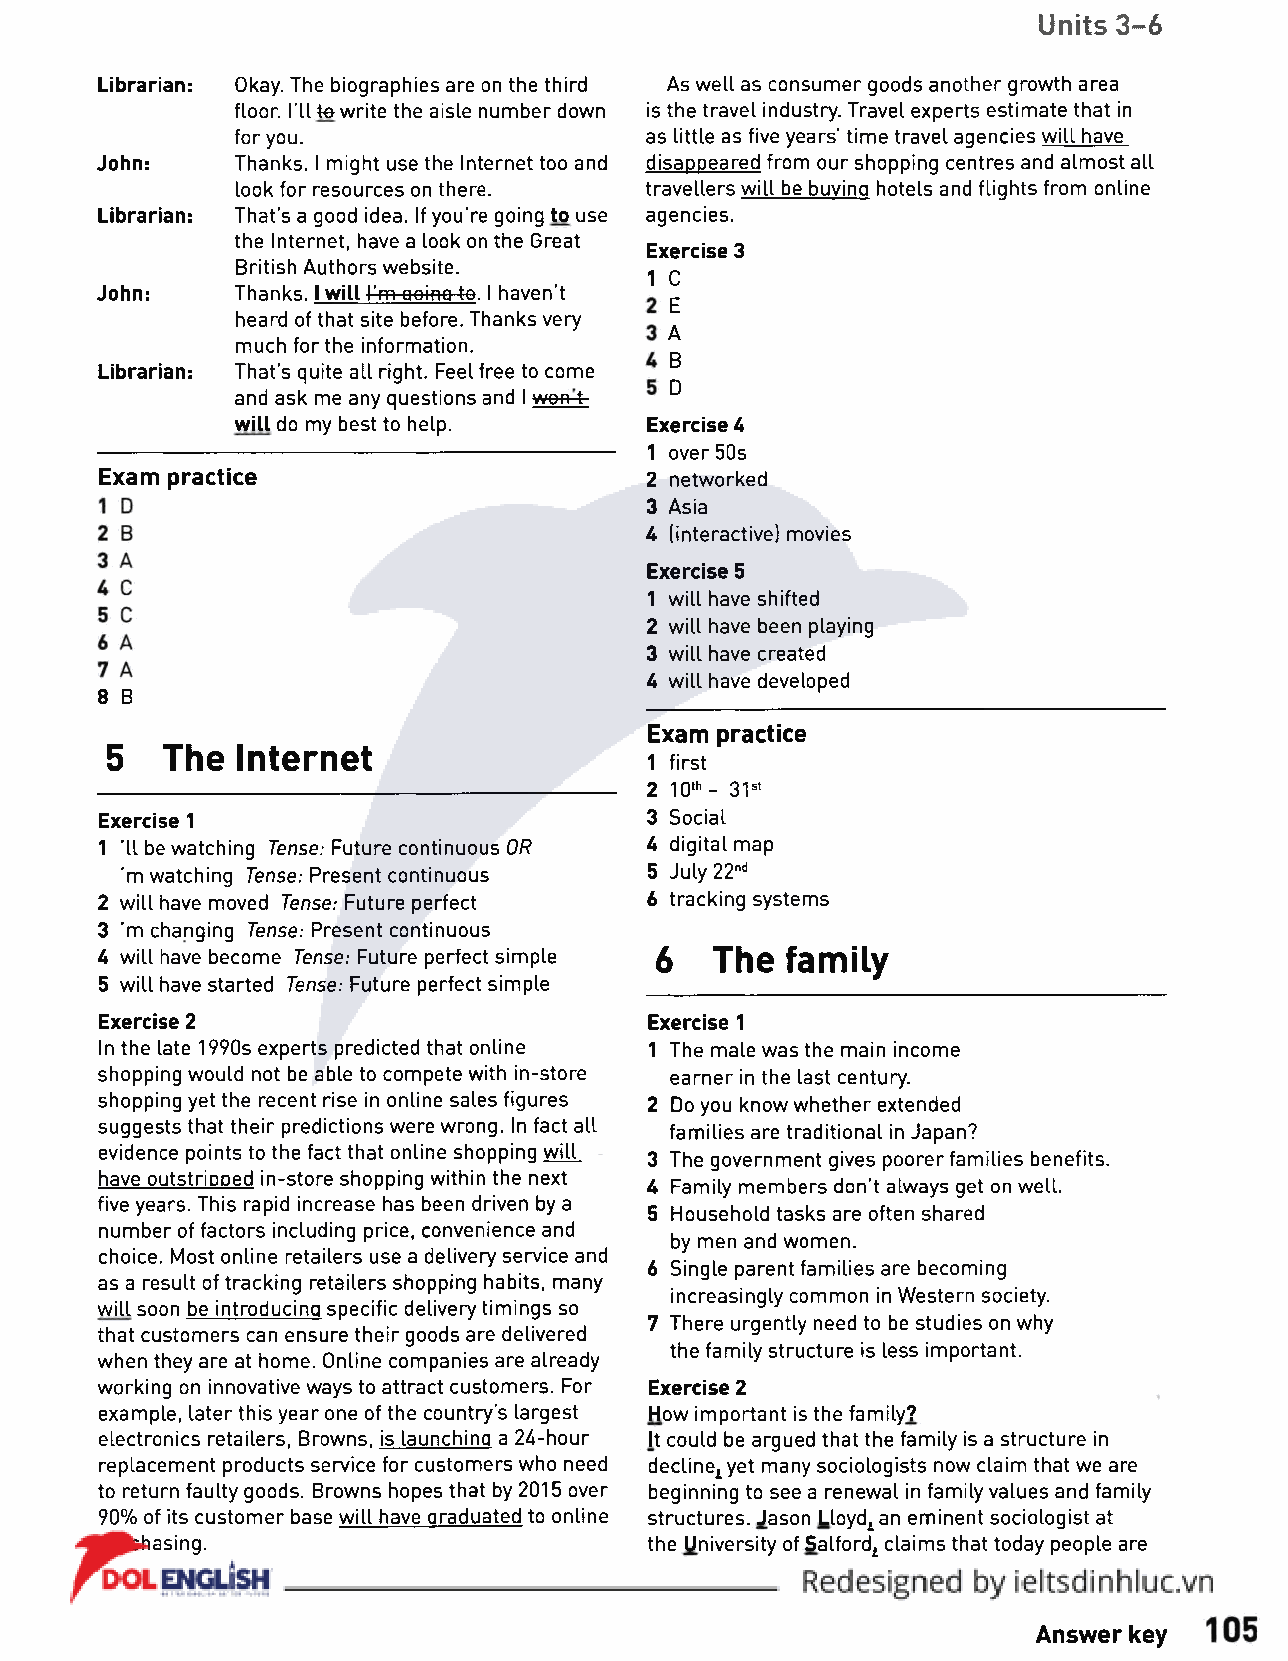
Units 3-6
 Librarian: Okay. The biographies are on the third As well as consumer goods another growth area
 floor. I'll te write the aisle number down is the travel industry. Travel experts estimate that in
 for you.                   as little as five years’ time travel agencies will have
 John:    Thanks. I might use the Internet too and disappeared from our shopping centres and almost all
 look for resources on there. travellers will be buying hotels and flights from online
 Librarian: That's a good idea. If you're going to use agencies.
 the Internet, have a look on the Great
 Exercise 3
 British Authors website.
 1 C
 John:    Thanks. I will I'm going te. I haven't
 E
 heard of that site before. Thanks very
 A
 much for the information.
 B
 Librarian: That's quite all right. Feel free to come
 D
 and ask me any questions and I wornfe-
 will do my best to help.   Exercise 6
 1 over 50s
 Exam practice                       2 networked
 3 Asia
 U (interactive) movies
 Exercise 5
 1 will have shifted
 2 will have been playing
 3 will have created
 U will have developed
 8 B
 Exam practice
 5   The  Internet
 1 first
 2 10th- 31st
 Exercise 1                          3 Social
 1 'II be watching Tense: Future continuous OR U digital map
 ’m watching Tense: Present continuous 5 July 22nd
 2 will have moved Tense: Future perfect 6 tracking systems
 3 "m changing Tense: Present continuous
 U will have become Tense: Future perfect simple 6 The family
 5 will have started Tense: Future perfect simple
 Exercise 2                          Exercise 1
 In the late 1990s experts predicted that online 1 The male was the main income
 shopping would not be able to compete with in-store earner in the last century.
 shopping yet the recent rise in online sales figures 2 Do you know whether extended
 suggests that their predictions were wrong. In fact all families are traditional in Japan?
 evidence points to the fact that online shopping will
 3 The government gives poorer families benefits.
 have outstripped in-store shopping within the next
 U Family members don't always get on well.
 five years. This rapid increase has been driven by a
 5 Household tasks are often shared
 number of factors including price, convenience and
 by men and women.
 choice. Most online retailers use a delivery service and
 6 Single parent families are becoming
 as a result of tracking retailers shopping habits, many
 increasingly common in Western society.
 will soon be introducing specific delivery timings so
 7 There urgently need to be studies on why
 that customers can ensure their goods are delivered
 the family structure is less important.
 when they are at home. Online companies are already
 working on innovative ways to attract customers. For Exercise 2
 example, later this year one of the country's largest How important is the family?
 electronics retailers, Browns, is launching a 24-hour It could be argued that the family is a structure in
 replacement products service for customers who need declinejyet many sociologists now claim that we are
 to return faulty goods. Browns hopes that by 2015 over beginning to see a renewal in family values and family
 90% of its customer base will have graduated to online structures. Jason Lloyd1 an eminent sociologist at
 purchasing.                         the University of Salford1 claims that today people are
 Answer key